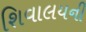
શિવાલયની